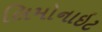
લિમોનાઇટ